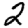
Digit: 2